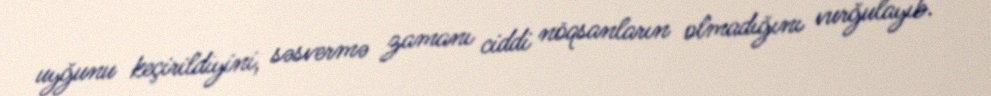
uyğunu keçirildiyini, səsvermə zamanı ciddi nöqsanların olmadığını vurğulayıb.